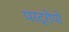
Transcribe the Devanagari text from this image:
परट्रोपो